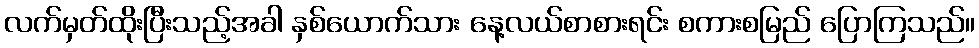
လက်မှတ်ထိုးပြီးသည့်အခါ နှစ်ယောက်သား နေ့လယ်စာစားရင်း စကားစမြည် ပြောကြသည်။